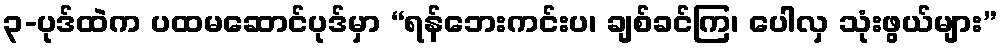
၃-ပုဒ်ထဲက ပထမဆောင်ပုဒ်မှာ “ရန်ဘေးကင်းပ၊ ချစ်ခင်ကြ၊ ပေါလှ သုံးဖွယ်များ”